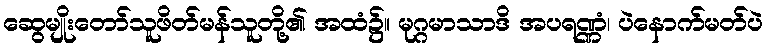
ဆွေမျိုးတော်သူဖိတ်မန်သူတို့၏ အထံ၌။ မုဂ္ဂမာသာဒိ အပရဏ္ဏံ၊ ပဲနောက်မတ်ပဲ